Civil Veterinary Department Bihar & Orissa reports 1922-29 - 1922-1929
Year: 1922
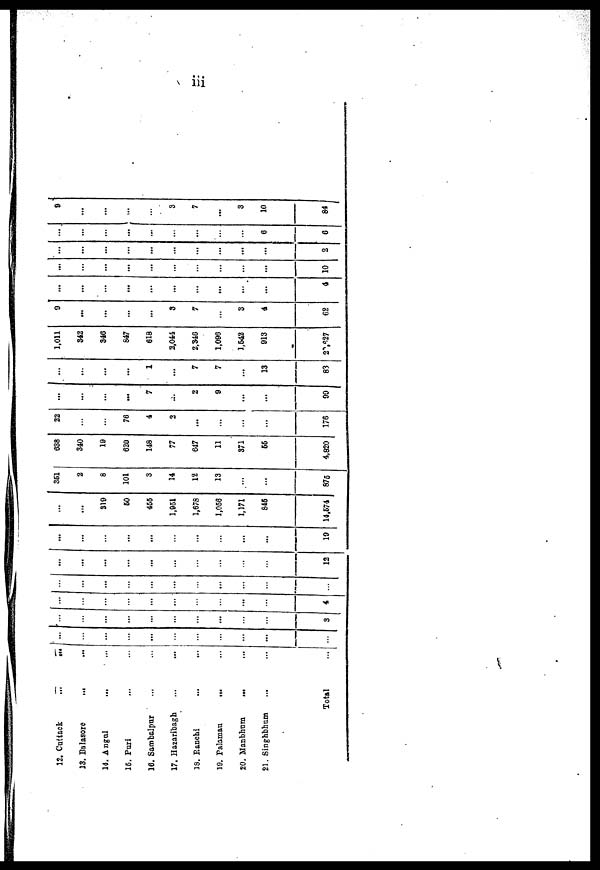
iii
12. Cuttack
...
13. Balasore
...
14. Angul
,.,
15. Puri
16. Sambalpur
17. Hazaribagh
13. Ranchi
19. Palamau
...
20. Manbhum
...
21. Singhbhum
Total
...
...
...
...
...
...
3
...
...
...
...
4
...
...
...
...
...
12
...
...
...
...
...
...
19
...
319
60
456
1,951
1,678
1,056
1,171
846
14.674
361
2
8
101
3
14
12
13
...
876
638
340
19
620
148
77
647
11
371
66
4,820
22
76
4
2
...
176
...
...
...
7
...
2
9
...
...
99
...
...
...
1
7
7
13
83
1,011
342
346
847
618
2,044
2,346
1,096
1,642
913
22,627
9
...
...
...
...
3
7
3
4
62
...
...
...
...
...
...
...
...
...
4
...
...
...
10
...
...
...
...
...
2
...
...
...
6
6
9
...
...
3
7
...
3
10
84